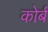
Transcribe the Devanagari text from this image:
कोर्ब